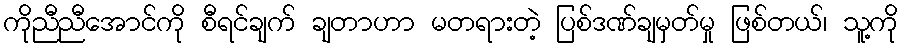
ကိုညီညီအောင်ကို စီရင်ချက် ချတာဟာ မတရားတဲ့ ပြစ်ဒဏ်ချမှတ်မှု ဖြစ်တယ်၊ သူ့ကို